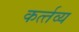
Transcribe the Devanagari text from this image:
कर्त्‍तव्‍य